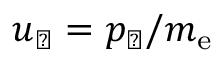
u _ { \perp } = p _ { \perp } / m _ { \mathrm { e } }